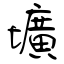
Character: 壙